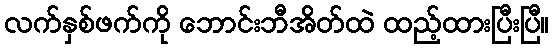
လက်နှစ်ဖက်ကို ဘောင်းဘီအိတ်ထဲ ထည့်ထားပြီးပြီ။